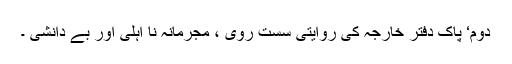
دوم‘ پاک دفتر خارجہ کی روایتی سست روی ، مجرمانہ نا اہلی اور بے دانشی ۔